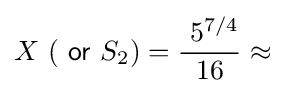
X\ ({\mathsf {\ or\ }}S_{2})={\frac {~5^{7/4}}{\ 16\ }}\approx \